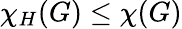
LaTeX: \chi_{H}(G)\leq\chi(G)